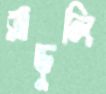
রাড়ুলি